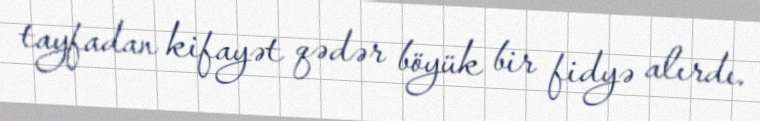
tayfadan kifayət qədər böyük bir fidyə alırdı.